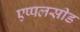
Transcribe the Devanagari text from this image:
एप्पलसीड